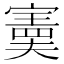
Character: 𫴂